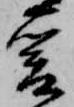
爰